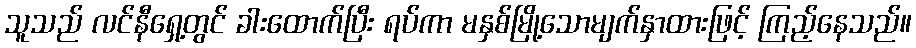
သူသည် လင်နီရှေ့တွင် ခါးထောက်ပြီး ရပ်ကာ မနှစ်မြို့သောမျက်နှာထားဖြင့် ကြည့်နေသည်။